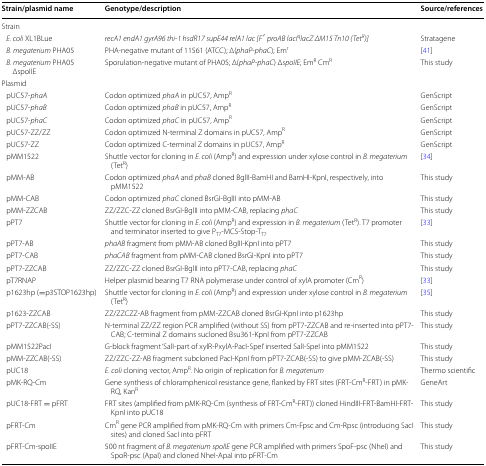
<table><thead><tr><td><b>Strain/plasmid name</b></td><td><b>Genotype/description</b></td><td><b>Source/references</b></td></tr></thead><tbody><tr><td colspan="3">Strain</td></tr><tr><td> <i>E. coli</i> XL1BLue</td><td><i>recA1 endA1 gyrA96 thi</i>-<i>1 hsdR17 supE44 relA1 lac [F′ proAB lacI</i><sup><i>q</i></sup><i>lacZ ΔM15 Tn10 (Tet</i><sup><i>R</i></sup><i>)]</i></td><td>Stratagene</td></tr><tr><td> <i>B. megaterium</i> PHA05</td><td>PHA-negative mutant of 11561 (ATCC); Δ(<i>phaP</i>-<i>phaC</i>); Em<sup>r</sup></td><td>[41]</td></tr><tr><td> <i>B. megaterium</i> PHA05 ΔspoIIE</td><td>Sporulation-negative mutant of PHA05; Δ(<i>phaP</i>-<i>phaC</i>) Δ<i>spoIIE</i>; Em<sup>R</sup> Cm<sup>R</sup></td><td>This study</td></tr><tr><td colspan="3">Plasmid</td></tr><tr><td> pUC57-<i>phaA</i></td><td>Codon optimized <i>phaA</i> in pUC57, Amp<sup>R</sup></td><td>GenScript</td></tr><tr><td> pUC57-<i>phaB</i></td><td>Codon optimized <i>phaB</i> in pUC57, Amp<sup>R</sup></td><td>GenScript</td></tr><tr><td> pUC57-<i>phaC</i></td><td>Codon optimized <i>phaC</i> in pUC57, Amp<sup>R</sup></td><td>GenScript</td></tr><tr><td> pUC57-ZZ/ZZ</td><td>Codon optimized N-terminal Z domains in pUC57, Amp<sup>R</sup></td><td>GenScript</td></tr><tr><td> pUC57-ZZ</td><td>Codon optimized C-terminal Z domains in pUC57, Amp<sup>R</sup></td><td>GenScript</td></tr><tr><td> pMM1522</td><td>Shuttle vector for cloning in <i>E. coli</i> (Amp<sup>R</sup>) and expression under xylose control in <i>B. megaterium</i> (Tet<sup>R</sup>)</td><td>[34]</td></tr><tr><td> pMM-AB</td><td>Codon optimized <i>phaA</i> and <i>phaB</i> cloned BglII-BamHI and BamHI-KpnI, respectively, into pMM1522</td><td>This study</td></tr><tr><td> pMM-CAB</td><td>Codon optimized <i>phaC</i> cloned BsrGI-BglII into pMM-AB</td><td>This study</td></tr><tr><td> pMM-ZZCAB</td><td>ZZ/ZZC-ZZ cloned BsrGI-BglII into pMM-CAB, replacing <i>phaC</i></td><td>This study</td></tr><tr><td> pPT7</td><td>Shuttle vector for cloning in <i>E. coli</i> (Amp<sup>R</sup>) and expression in <i>B. megaterium</i> (Tet<sup>R</sup>). T7 promoter and terminator inserted to give P<sub>T7</sub>-MCS-Stop-T<sub>T7</sub></td><td>[33]</td></tr><tr><td> pPT7-AB</td><td><i>phaAB</i> fragment from pMM-AB cloned BglII-KpnI into pPT7</td><td>This study</td></tr><tr><td> pPT7-CAB</td><td><i>phaCAB</i> fragment from pMM-CAB cloned BsrGI-KpnI into pPT7</td><td>This study</td></tr><tr><td> pPT7-ZZCAB</td><td>ZZ/ZZC-ZZ cloned BsrGI-BglII into pPT7-CAB, replacing <i>phaC</i></td><td>This study</td></tr><tr><td> pT7RNAP</td><td>Helper plasmid bearing T7 RNA polymerase under control of xylA promoter (Cm<sup>R</sup>)</td><td>[33]</td></tr><tr><td> p1623hp (=p3STOP1623hp)</td><td>Shuttle vector for cloning in <i>E. coli</i> (Amp<sup>R</sup>) and expression under xylose control in <i>B. megaterium</i> (Tet<sup>R</sup>)</td><td>[35]</td></tr><tr><td> p1623-ZZCAB</td><td>ZZ/ZZCZZ-AB fragment from pMM-ZZCAB cloned BsrGI-KpnI into p1623hp</td><td>This study</td></tr><tr><td> pPT7-ZZCAB(-SS)</td><td>N-terminal ZZ/ZZ region PCR amplified (without SS) from pPT7-ZZCAB and re-inserted into pPT7-CAB; C-terminal Z domains sucloned Bsu361-KpnI from pPT7-ZZCAB</td><td>This study</td></tr><tr><td> pMM1522PacI</td><td>G-block fragment ‘SalI-part of xylR-PxylA-PacI-SpeI’ inserted SalI-SpeI into pMM1522</td><td>This study</td></tr><tr><td> pMM-ZZCAB(-SS)</td><td>ZZ/ZZC-ZZ-AB fragment subcloned PacI-KpnI from pPT7-ZCAB(-SS) to give pMM-ZCAB(-SS)</td><td>This study</td></tr><tr><td> pUC18</td><td><i>E. coli</i> cloning vector, Amp<sup>R</sup>. No origin of replication for <i>B. megaterium</i></td><td>Thermo scientific</td></tr><tr><td> pMK-RQ-Cm</td><td>Gene synthesis of chloramphenicol resistance gene, flanked by FRT sites (FRT-Cm<sup>R</sup>-FRT) in pMK-RQ, Kan<sup>R</sup></td><td>GeneArt</td></tr><tr><td> pUC18-FRT = pFRT</td><td>FRT sites (amplified from pMK-RQ-Cm (synthesis of FRT-Cm<sup>R</sup>-FRT)) cloned HindIII-FRT-BamHI-FRT-KpnI into pUC18</td><td>This study</td></tr><tr><td> pFRT-Cm</td><td>Cm<sup>R</sup> gene PCR amplified from pMK-RQ-Cm with primers Cm-Fpsc and Cm-Rpsc (introducing SacI sites) and cloned SacI into pFRT</td><td>This study</td></tr><tr><td> pFRT-Cm-spoIIE</td><td>500 nt fragment of <i>B. megaterium spoIIE</i> gene PCR amplified with primers SpoF-psc (NheI) and SpoR-psc (ApaI) and cloned NheI-ApaI into pFRT-Cm</td><td>This study</td></tr></tbody></table>